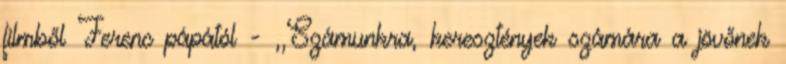
filmből Ferenc pápától - ,,Számunkra, keresztények számára a jövőnek